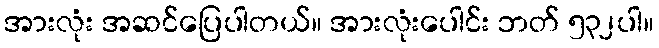
အားလုံး အဆင်ပြေပါတယ်။ အားလုံးပေါင်း ဘတ် ၅၃၂ပါ။